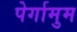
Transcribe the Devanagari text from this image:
पेर्गामुम